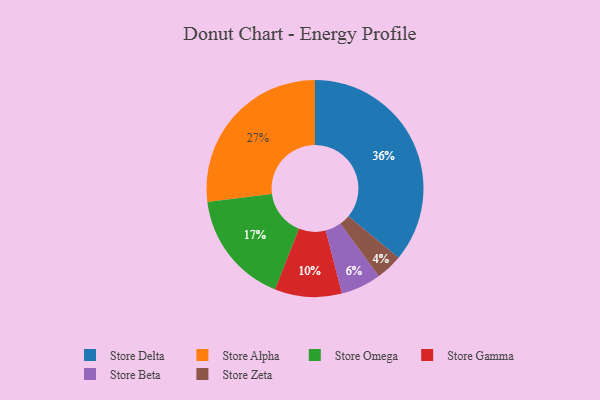
{"axis": {"x": "Category", "y": "Percentage"}, "legend": ["Store Alpha", "Store Beta", "Store Delta", "Store Gamma", "Store Omega", "Store Zeta"], "data": [{"x": "Store Zeta", "y": 4, "type": "Store Zeta"}, {"x": "Store Delta", "y": 36, "type": "Store Delta"}, {"x": "Store Alpha", "y": 27, "type": "Store Alpha"}, {"x": "Store Omega", "y": 17, "type": "Store Omega"}, {"x": "Store Beta", "y": 6, "type": "Store Beta"}, {"x": "Store Gamma", "y": 10, "type": "Store Gamma"}]}